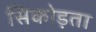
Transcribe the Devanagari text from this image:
सिकोड़ता